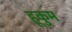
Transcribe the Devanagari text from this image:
हूकुम